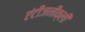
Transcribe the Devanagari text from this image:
एंटीजनीक्ली